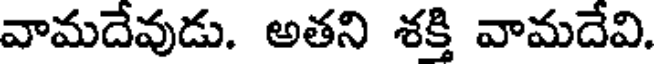
వామదేవుడు. అతని శక్తి వామదేవి.